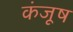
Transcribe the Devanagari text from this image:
कंजूष